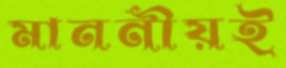
মাননীয়ই